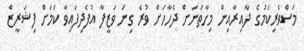
މަސްވެރިކަމުގެ ދާއިރާއިން މިހާތަނަށް ދެހާހަށް ވުރެ ގިނަ ވަޒީފާ އުފެދިފައިވާ ކަމަށް ފިޝަރީޒް